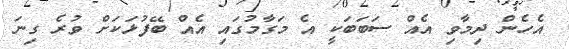
އެހެން ދިމާވި އެއް ސަބަބަކީ އެ މަގާމުގައި އެއް ބޭފުޅަކަށް ވުރެ ގިނަ